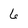
Character: 6